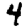
Digit: 4